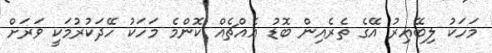
މަހަކު ލިބޭއިރު އޭގެ ތެރެއިން ބޮޑު އެއްޗެއް ކޮންމެ މަހަކު ހޭދަކުރުމަކީ ވަރަށް